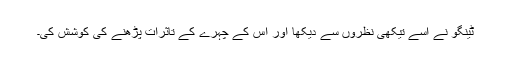
ٹینگو نے اسے تیکھی نظروں سے دیکھا اور اس کے چہرے کے تاثرات پڑھنے کی کوشش کی۔